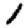
Digit: 1